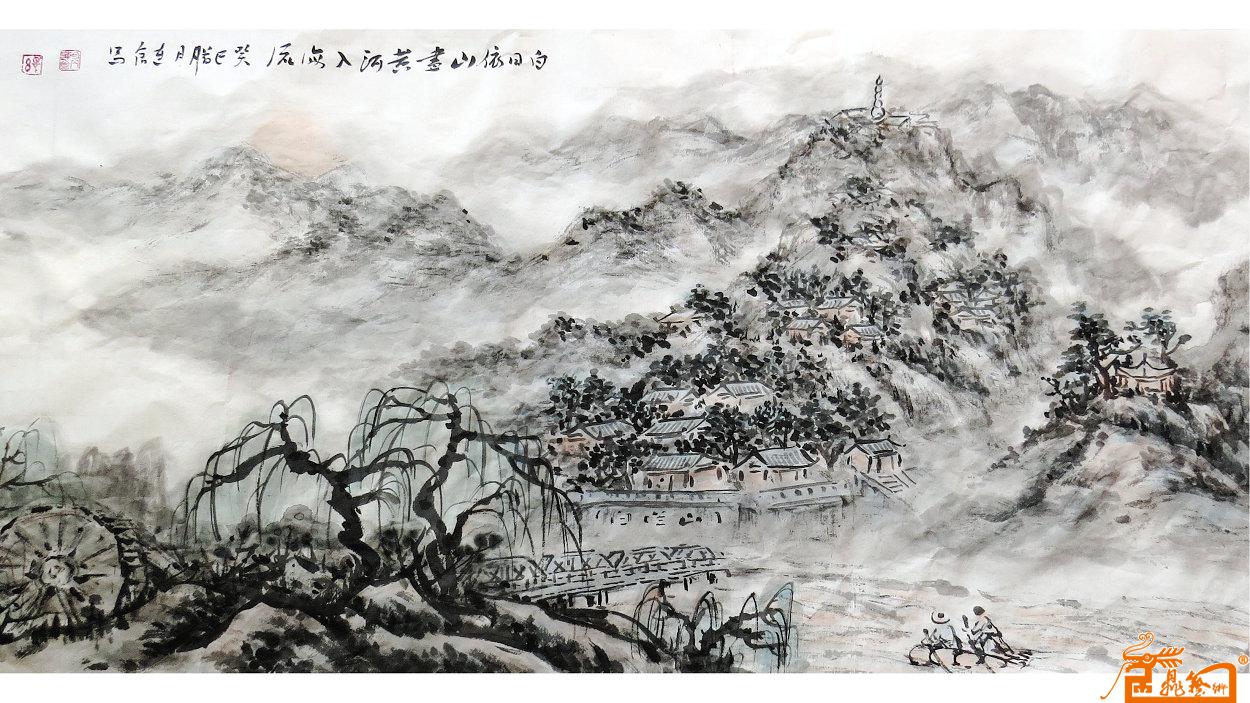
白日依山尽，黄河入海流。